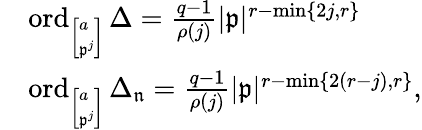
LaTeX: \begin{array}{rl}&{\operatorname{ord}_{\small{\left[\begin{array}{l}{a}\\ {\mathfrak{p}^{j}}\end{array}\right]}}\Delta=\frac{q-1}{\rho(j)}|\mathfrak{p}|^{r-\operatorname*{min}\{ 2j,r\} }}\\ &{\operatorname{ord}_{\small{\left[\begin{array}{l}{a}\\ {\mathfrak{p}^{j}}\end{array}\right]}}\Delta_{\mathfrak{n}}=\frac{q-1}{\rho(j)}|\mathfrak{p}|^{r-\operatorname*{min}\{ 2(r-j),r\} },}\end{array}